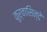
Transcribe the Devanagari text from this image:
कुर्वासिन्दे